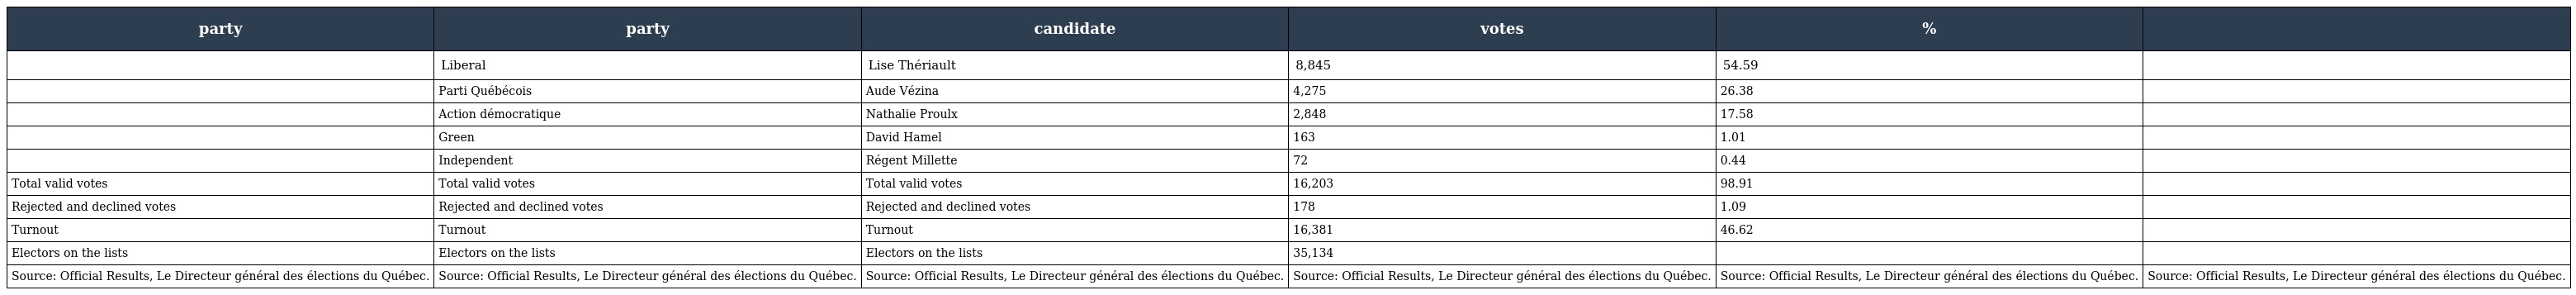
| party | party | candidate | votes | % |  |
 | --- | --- | --- | --- | --- | --- |
 |  | Liberal | Lise Thériault | 8,845 | 54.59 |  |
 |  | Parti Québécois | Aude Vézina | 4,275 | 26.38 |  |
 |  | Action démocratique | Nathalie Proulx | 2,848 | 17.58 |  |
 |  | Green | David Hamel | 163 | 1.01 |  |
 |  | Independent | Régent Millette | 72 | 0.44 |  |
 | Total valid votes | Total valid votes | Total valid votes | 16,203 | 98.91 |  |
 | Rejected and declined votes | Rejected and declined votes | Rejected and declined votes | 178 | 1.09 |  |
 | Turnout | Turnout | Turnout | 16,381 | 46.62 |  |
 | Electors on the lists | Electors on the lists | Electors on the lists | 35,134 |  |  |
 | Source: Official Results, Le Directeur général des élections du Québec. | Source: Official Results, Le Directeur général des élections du Québec. | Source: Official Results, Le Directeur général des élections du Québec. | Source: Official Results, Le Directeur général des élections du Québec. | Source: Official Results, Le Directeur général des élections du Québec. | Source: Official Results, Le Directeur général des élections du Québec. |